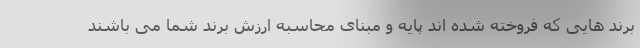
برند هایی که فروخته شده اند پایه و مبنای محاسبه ارزش برند شما می باشند